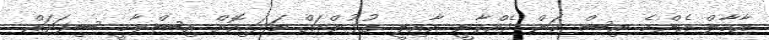
އާމާލް އެންމެ އިސް ކަން ދެއްވާނީ އާއިލީ ގުޅުންތައް ބަދަހިކޮށް އިސްލާމީ ސިފަތައް